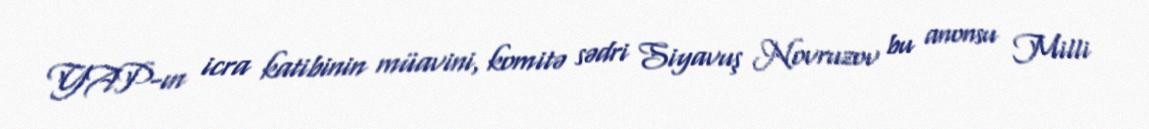
YAP-ın icra katibinin müavini, komitə sədri Siyavuş Novruzov bu anonsu Milli